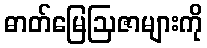
ဓာတ်မြေဩဇာများကို